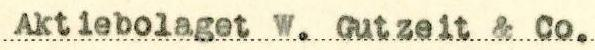
Aktiebolaget W. Gutzeit & Co.